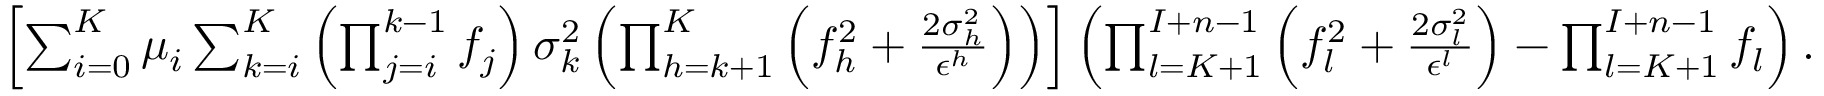
\begin{array} { r } { \left[ \sum _ { i = 0 } ^ { K } \mu _ { i } \sum _ { k = i } ^ { K } \left( \prod _ { j = i } ^ { k - 1 } f _ { j } \right) \sigma _ { k } ^ { 2 } \left( \prod _ { h = k + 1 } ^ { K } \left( f _ { h } ^ { 2 } + \frac { 2 \sigma _ { h } ^ { 2 } } { \epsilon ^ { h } } \right) \right) \right] \left( \prod _ { l = K + 1 } ^ { I + n - 1 } \left( f _ { l } ^ { 2 } + \frac { 2 \sigma _ { l } ^ { 2 } } { \epsilon ^ { l } } \right) - \prod _ { l = K + 1 } ^ { I + n - 1 } f _ { l } \right) . } \end{array}